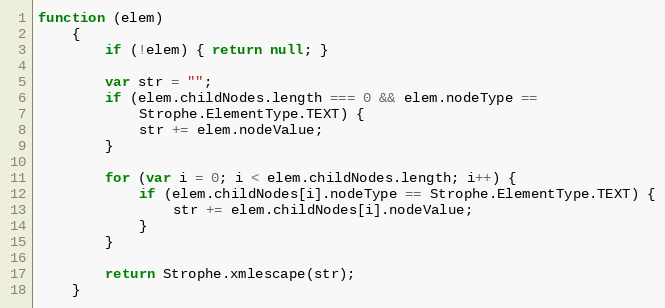
Language: JavaScript
function (elem)
    {
        if (!elem) { return null; }

        var str = "";
        if (elem.childNodes.length === 0 && elem.nodeType ==
            Strophe.ElementType.TEXT) {
            str += elem.nodeValue;
        }

        for (var i = 0; i < elem.childNodes.length; i++) {
            if (elem.childNodes[i].nodeType == Strophe.ElementType.TEXT) {
                str += elem.childNodes[i].nodeValue;
            }
        }

        return Strophe.xmlescape(str);
    }